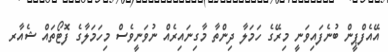
އޭއެފްޕީން ބުނެފައިވަނީ މިރޭގެ ހަމަލާ ދިންތާ މާގިނައިރެއް ނުވަނީވެސް މިހަމަލާގެ ފޮޓޯތައް ޝެއާރ